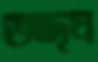
অদৃষ্